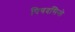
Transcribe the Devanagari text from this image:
पियदसिनो